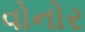
વોનોર